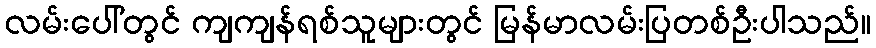
လမ်းပေါ်တွင် ကျကျန်ရစ်သူများတွင် မြန်မာလမ်းပြတစ်ဦးပါသည်။